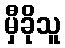
မှီခိုသူ